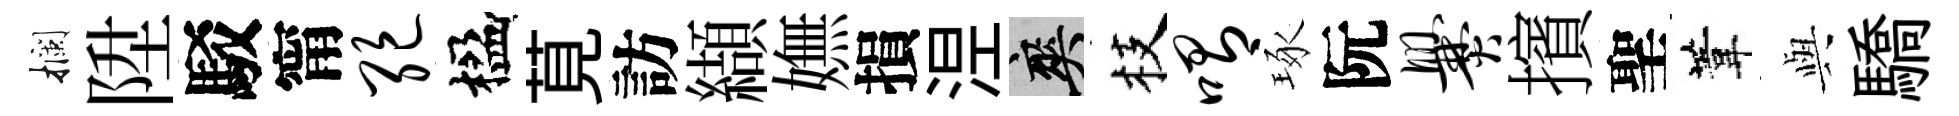
攔陞駁甯绝楹莧訪纈嫵損𣵀爽枝喟琢阮爨擯聖葦𫤰驕